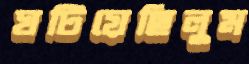
ঘটিয়েছিলুম